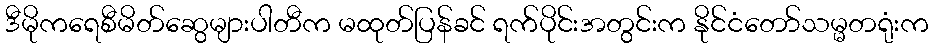
ဒီမိုကရေစီမိတ်ဆွေများပါတီက မထုတ်ပြန်ခင် ရက်ပိုင်းအတွင်းက နိုင်ငံတော်သမ္မတရုံးက